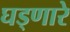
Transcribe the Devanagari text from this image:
घड्णारे